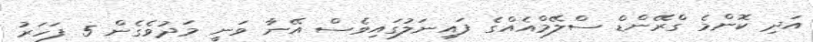
އަދި ކޮންމެ ގްރޭންޑް ސްލޭމްއެއްގެ ފައިނަލުގައިވެސް އޭނާ ވަނީ މަދުވެގެން 5 ފަހަރު